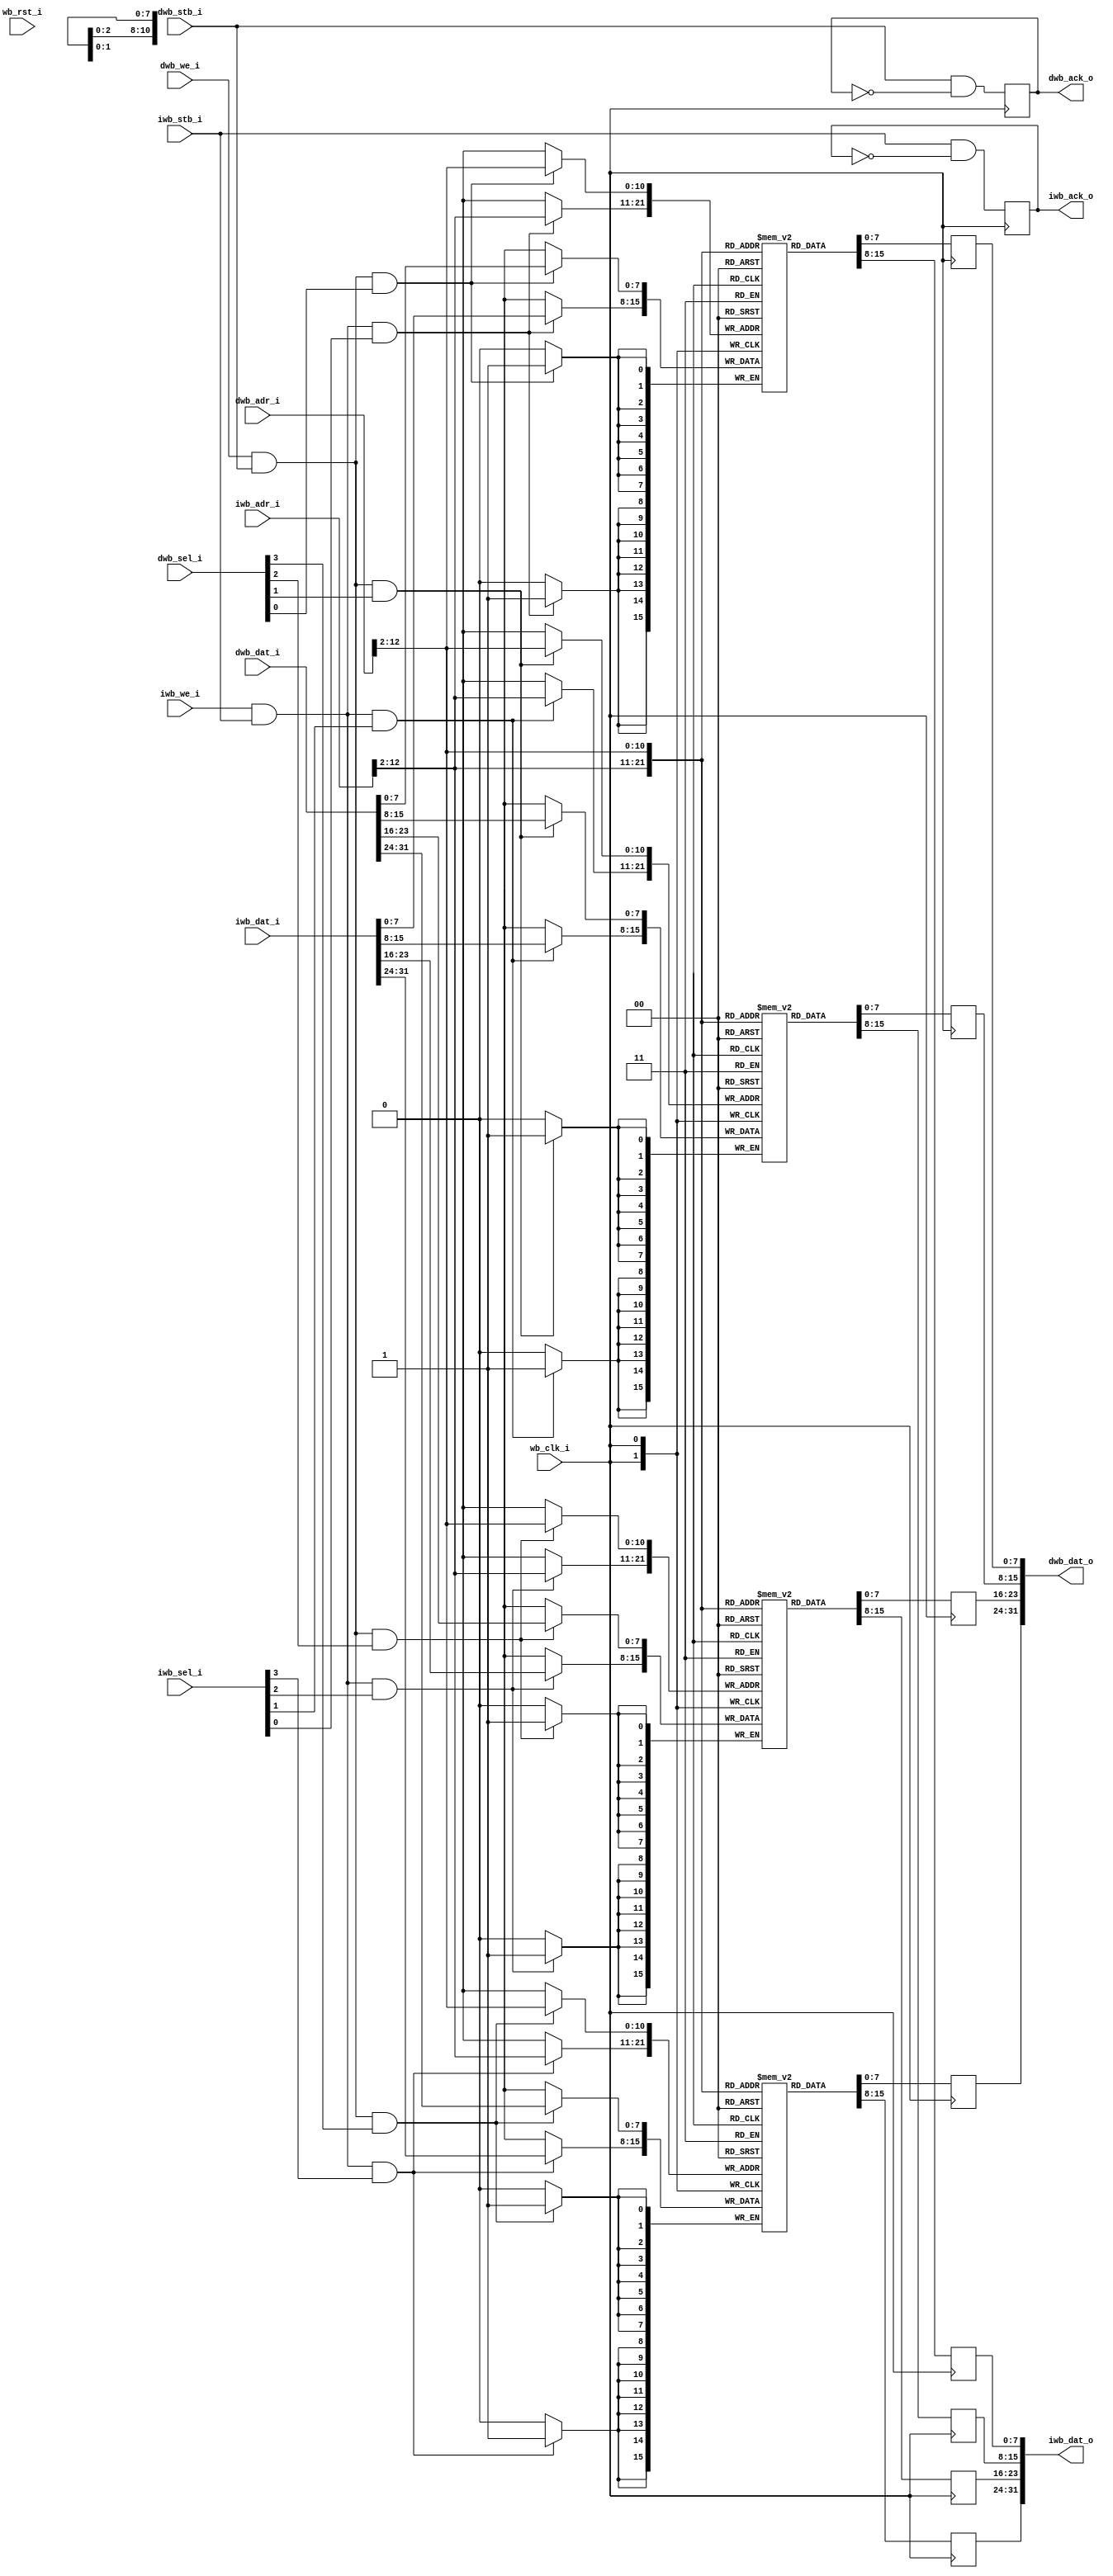

// Dual ported RAM for Harvard architecture processors
//    Does no forwarding
//    Addresses are byte-oriented, so botton 2 address bits are ignored.  FIXME
//    AWIDTH of 13 gives 8K bytes.  For Spartan 3, if the total RAM size is not a
//    multiple of 8K then BRAM space is wasted

module ram_wb_harvard #(parameter AWIDTH=13)
  (input wb_clk_i,
   input wb_rst_i,
   
   input [AWIDTH-1:0] iwb_adr_i,
   input [31:0] iwb_dat_i,
   output reg [31:0] iwb_dat_o,
   input iwb_we_i,
   output reg iwb_ack_o,
   input iwb_stb_i,
   input [3:0] iwb_sel_i,
   
   input [AWIDTH-1:0] dwb_adr_i,
   input [31:0] dwb_dat_i,
   output reg [31:0] dwb_dat_o,
   input dwb_we_i,
   output reg dwb_ack_o,
   input dwb_stb_i,
   input [3:0] dwb_sel_i);
   
   reg [7:0] 	 ram0 [0:(1<<(AWIDTH-2))-1];
   reg [7:0] 	 ram1 [0:(1<<(AWIDTH-2))-1];
   reg [7:0] 	 ram2 [0:(1<<(AWIDTH-2))-1];
   reg [7:0] 	 ram3 [0:(1<<(AWIDTH-2))-1];
   
   // Instruction Read Port
   always @(posedge wb_clk_i)
     iwb_ack_o <= iwb_stb_i & ~iwb_ack_o;
   
   always @(posedge wb_clk_i)
     iwb_dat_o[31:24] <= ram3[iwb_adr_i[AWIDTH-1:2]];
   always @(posedge wb_clk_i)
     iwb_dat_o[23:16] <= ram2[iwb_adr_i[AWIDTH-1:2]];
   always @(posedge wb_clk_i)
     iwb_dat_o[15:8] <= ram1[iwb_adr_i[AWIDTH-1:2]];
   always @(posedge wb_clk_i)
     iwb_dat_o[7:0] <= ram0[iwb_adr_i[AWIDTH-1:2]];
   
   always @(posedge wb_clk_i)
     if(iwb_we_i & iwb_stb_i & iwb_sel_i[3])
       ram3[iwb_adr_i[AWIDTH-1:2]] <= iwb_dat_i[31:24];
   always @(posedge wb_clk_i)
     if(iwb_we_i & iwb_stb_i & iwb_sel_i[2])
       ram2[iwb_adr_i[AWIDTH-1:2]] <= iwb_dat_i[23:16];
   always @(posedge wb_clk_i)
     if(iwb_we_i & iwb_stb_i & iwb_sel_i[1])
       ram1[iwb_adr_i[AWIDTH-1:2]] <= iwb_dat_i[15:8];
   always @(posedge wb_clk_i)
     if(iwb_we_i & iwb_stb_i & iwb_sel_i[0])
       ram0[iwb_adr_i[AWIDTH-1:2]] <= iwb_dat_i[7:0];
   
   // Data Port
   always @(posedge wb_clk_i)
     dwb_ack_o <= dwb_stb_i & ~dwb_ack_o;
   
   always @(posedge wb_clk_i)
     dwb_dat_o[31:24] <= ram3[dwb_adr_i[AWIDTH-1:2]];
   always @(posedge wb_clk_i)
     dwb_dat_o[23:16] <= ram2[dwb_adr_i[AWIDTH-1:2]];
   always @(posedge wb_clk_i)
     dwb_dat_o[15:8] <= ram1[dwb_adr_i[AWIDTH-1:2]];
   always @(posedge wb_clk_i)
     dwb_dat_o[7:0]  <= ram0[dwb_adr_i[AWIDTH-1:2]];
   
   always @(posedge wb_clk_i)
     if(dwb_we_i & dwb_stb_i & dwb_sel_i[3])
       ram3[dwb_adr_i[AWIDTH-1:2]] <= dwb_dat_i[31:24];
   always @(posedge wb_clk_i)
     if(dwb_we_i & dwb_stb_i & dwb_sel_i[2])
       ram2[dwb_adr_i[AWIDTH-1:2]] <= dwb_dat_i[23:16];
   always @(posedge wb_clk_i)
     if(dwb_we_i & dwb_stb_i & dwb_sel_i[1])
       ram1[dwb_adr_i[AWIDTH-1:2]] <= dwb_dat_i[15:8];
   always @(posedge wb_clk_i)
     if(dwb_we_i & dwb_stb_i & dwb_sel_i[0])
       ram0[dwb_adr_i[AWIDTH-1:2]] <= dwb_dat_i[7:0];
   
endmodule // ram_wb_harvard